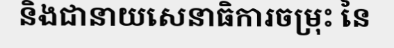
និងជានាយសេនាធិការចម្រុះ នៃ